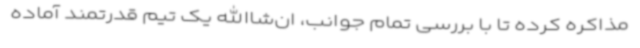
مذاکره کرده تا با بررسی تمام جوانب، ان‌شاالله یک تیم قدرتمند آماده